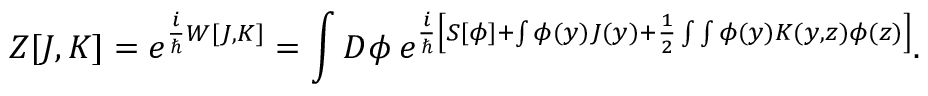
Z [ J , K ] = e ^ { \frac { i } { \hbar } W [ J , K ] } = \int D \phi \: e ^ { \frac { i } { \hbar } \left[ S [ \phi ] + \int \phi ( y ) J ( y ) + \frac { 1 } { 2 } \int \int \phi ( y ) K ( y , z ) \phi ( z ) \right] } .